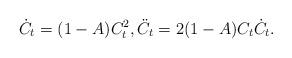
LaTeX: \begin{align*} \dot C_t = (1-A)C_t^2 , \ddot C_t = 2(1-A)C_t\dot C_t.\end{align*}